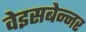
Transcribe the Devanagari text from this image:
वेइसबेन्नर